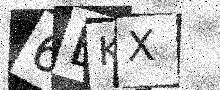
Text: 6EKX